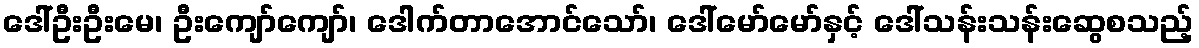
ဒေါ်ဦးဦးမေ၊ ဦးကျော်ကျော်၊ ဒေါက်တာအောင်သော်၊ ဒေါ်မော်မော်နှင့် ဒေါ်သန်းသန်းဆွေစသည့်